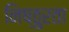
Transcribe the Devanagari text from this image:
निष्‍ठुरता